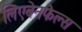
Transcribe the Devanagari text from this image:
लिएबेनफेल्स